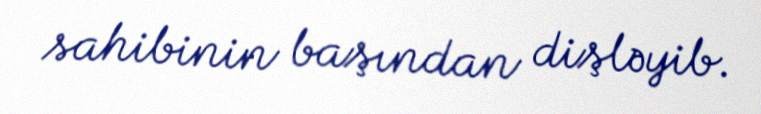
sahibinin başından dişləyib.